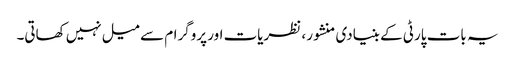
یہ بات پارٹی کے بنیادی منشور ، نظریات اور پروگرام سے میل نہیں کھاتی۔